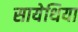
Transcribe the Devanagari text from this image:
सायेथिया